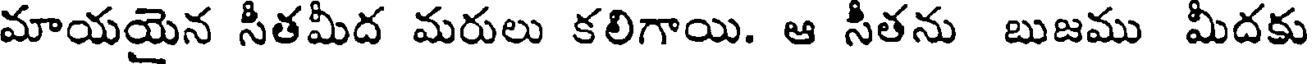
మాయయైన సీతమీద మరులు కలిగాయి. ఆ సీతను బుజము మీదకు